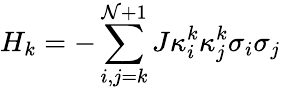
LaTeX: {{H}_{k}}=-\sum_{i,j=k}^{\mathcal{N}+1}{J\kappa_{i}^{k}\kappa_{j}^{k}{{\sigma}_{i}}{{\sigma}_{j}}}